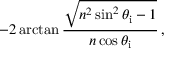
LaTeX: - 2 \arctan { \frac { \sqrt { n ^ { 2 } \sin ^ { 2 } \theta _ { \mathrm { i } } - 1 } } { n \cos \theta _ { \mathrm { i } } } } \, ,